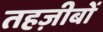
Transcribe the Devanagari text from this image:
तहज़ीबों